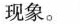
现象。